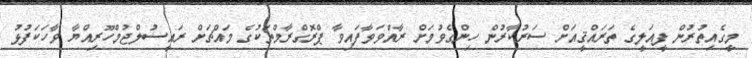
މީގެއިތުރުން ފީއަލީގެ ތަރައްޤީއަށް ސަރުކާރުން ހިންގެވުމަށް ރާއްވަވާފައިވާ ޕްރޮގްރާމްތަކުގެ މައްޗަށް ރައީސުލްޖުމްހޫރިއްޔާ ވާހަކަފުޅު